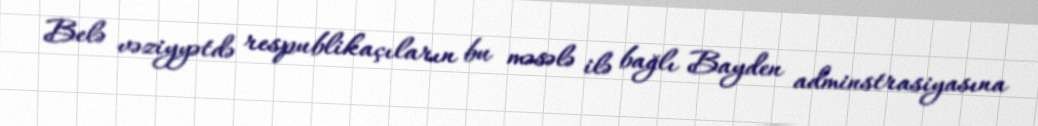
Belə vəziyyətdə respublikaçıların bu məsələ ilə bağlı Bayden adminstrasiyasına